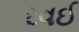
રવઈ